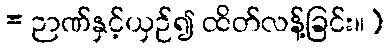
= ဉာဏ်နှင့်ယှဉ်၍ ထိတ်လန့်ခြင်း။)